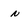
Character: n